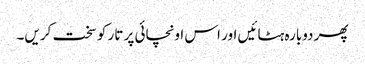
پھر دوبارہ ہٹائیں اور اس اونچائی پر تار کو سخت کریں۔